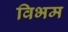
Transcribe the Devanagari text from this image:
विभम